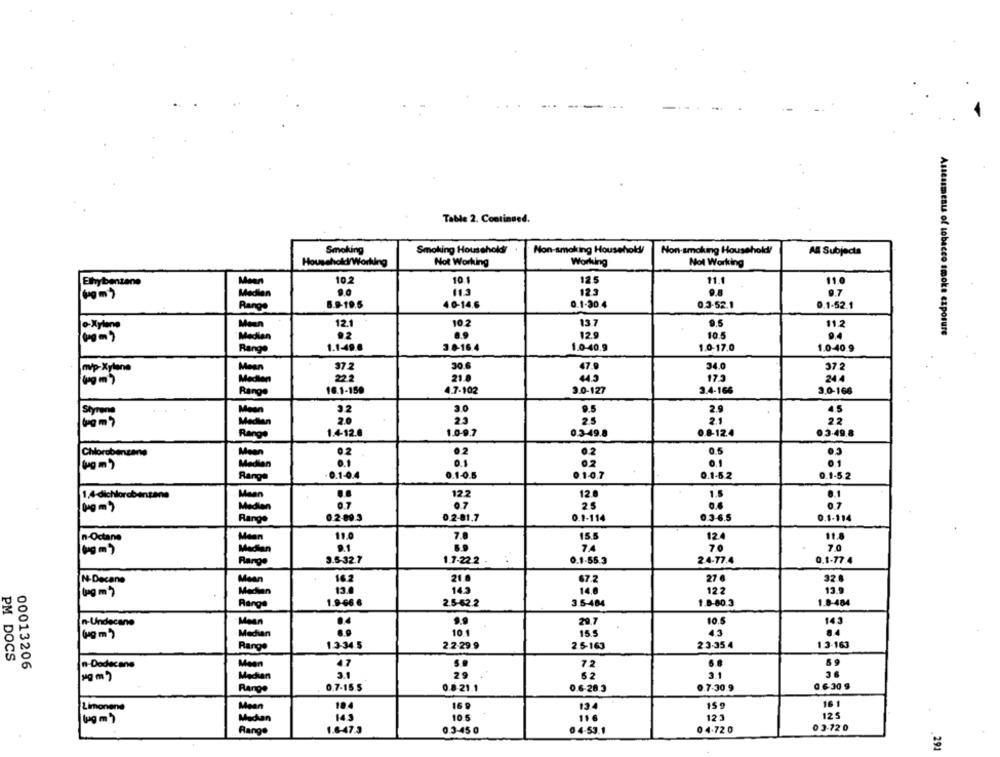
Table 2. Continued.
Smoking
Smoking Households/
Non-smoking Household/
Non-smoking Household/
All Subjects
Household/Working
Not Working
Working
Not Working
10.2
10.1
12.5
11.
11.0
Elhybentane
Median
113
123
9.7
6.9-19.5
4.0-14.6
0.1-30.4
0.3-52.1
Range
0.1-52.1
Maan
12.1
10.2
137
9.5
11.2
- Xylene
12.9
10.5
Assessments of tobacco smoke exposure
Medion
92
9.4
Range
1.1-49.8
3.0-16.4
1.0-40.9
1.0-17.0
1.0-40.9
30 .6
m/p-Xylene
Mean
37.2
47.9
34.0
37.2
22.2
21.8
449
17.3
244
Medion
Range
16.1-159
4.7-102
3.0-127
3.4-166
3.0-166
3.0
9.5
2.9
4.5
Mean
32
Median
20
25
25
2.1
22
0.8-12.4
0.3.49.8
Range
1.4-12.0
1.0-9.7
0.3-49.8
Chlorobenzene
Moon
02
0.2
0.5
01
00m)
Median
0.1
0.2
0.1
Range
0.104
0.1-0.5
0.1-0.7
0.1-5.2
0.1-5.2
12.2
12.8
1,4-dichlorobenzene
Mean
1.5
8.1
00 mg
0.7
25
0.7
Medion
Range
02:003
0.2-81.7
0.1-114
0.3-6.5
0.1-114
n-Octane
Mean
11.0
7.8
15.5
124
11.8
Median
8.1
7
70
70
3.5.32.7
1.7-22.2
0.1-55.3
24-77.4
0.1-77.4
Range
N-Decane
Mean
16.2
21.0
67.2
27 6
328
13.0
143
12.2
13.9
Median
140
Range
1.9-66 6
2.5-62.2
3.5-484
1.0-80.3
1.8-484
Mean
29.7
10.5
14.3
n-Undecane
Median
10.1
15.5
43
84
1.3-34.5
23.35.4
Range
2.2-29.9
2.5-163
13-163
PM DOCS
00013206
n-Dodecane
Mean
47
72
3.1
52
Median
29
Range
0.7-15.5
0.8-21.1
0.6-28.3
0.7-30.9
0.6. 30 $
18.4
16 9
15g
16 1
Limonene
Mean
134
tug m )
Medan
14 3
10.5
116
123
125
Range
1.6-47.3
0.3-450
0 4-53.1
04.720
0 3-720
29